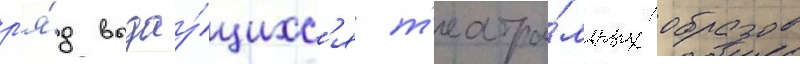
р'я́д выдау́щихс'я т'еатра́льных образов